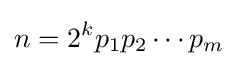
n=2^{k}p_{1}p_{2}\cdots p_{m}